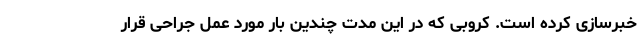
خبرسازی کرده است. کروبی که در این مدت چندین بار مورد عمل جراحی قرار